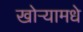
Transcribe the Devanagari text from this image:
खोऱ्यामधे